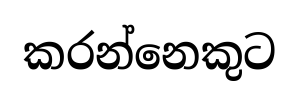
කරන්නෙකුට